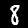
Digit: 8